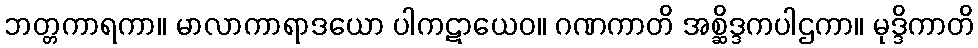
ဘတ္တကာရကာ။ မာလာကာရာဒယော ပါကဋာယေဝ။ ဂဏကာတိ အစ္ဆိဒ္ဒကပါဌကာ။ မုဒ္ဒိကာတိ